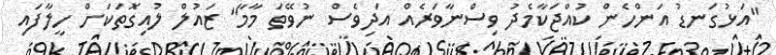
"އަޅުގަނޑު އަންހެން ކުއްޖަކާމެދު ވިސްނާވަރެއް އަދިވެސް ނުވޭތަ މާމާ" ޒައުލް ލުއިގޮތަކަށް ހީލާފައި